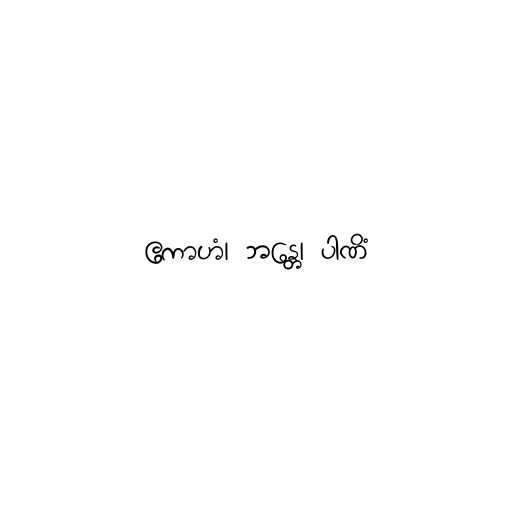
ဧကာဟံ၊ ဘန္တေ၊ ပါဏိံ